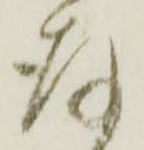
存